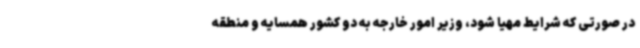
در صورتی که شرایط مهیا شود، وزیر امور خارجه به دو کشور همسایه و منطقه